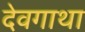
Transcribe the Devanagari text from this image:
देवगाथा